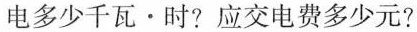
电多少千瓦 \cdot 时?应交电费多少元?